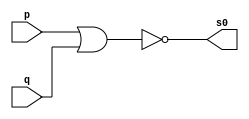
// ---------------------
//Marley Diniz
//371706
// guia02_01
// ---------------------


// -- nor gate

module norgate (s0, p, q);
 output s0;
 input  p, q;

 assign s0 = ~(p | q);

endmodule // norgate


// -- and gate


module andgate (s0, p, q);
 output s0;
 wire s1,  s2;
 input  p, q;

 norgate NORGATE1 (s1,p,p);
 norgate NORGATE2 (s2,q,q);
 norgate NORGATE3 (s0,s1,s2);
 
endmodule // andgate



// -- test and gate


module testandgate;
 reg   a, b;
 wire  s;
          // instancia
 andgate AND1 (s, a, b);
 
  initial begin:start
  	  a=0; b=0;
	  
 end
 

 initial begin
      $display("Marley Diniz 371706");
      $display("\nTest AND gate");
      $display("\na & b = s\n");
      $monitor("%b & %b = %b", a, b, s);
  #1  a=0; b=1; 
  #1  a=1; b=0; 
  #1  a=1; b=1; 
  
 end

endmodule